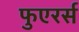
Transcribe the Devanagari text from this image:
फुएरर्स